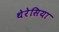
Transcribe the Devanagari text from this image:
थेरेसिया